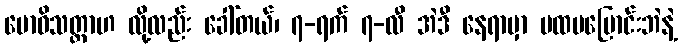
ဗောဓိသတ္တာဟ လို့လည်း ခေါ်တယ်၊ ၇-ရက် ၇-လီ အဲဒီ နေရာမှာ မထမပြောင်းဘဲနဲ့